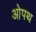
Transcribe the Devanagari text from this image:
ओपथ